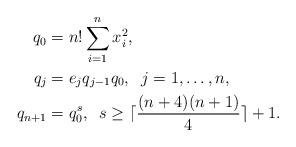
LaTeX: \begin{align*} q_0&= n!\sum_{i=1}^n x_i^2, \\q_j&= e_j q_{j-1} q_0, \; \; j=1,\ldots,n, \\q_{n+1}&= q_0^s, \; \; s \geq \lceil \frac{ (n+4) (n+1)}{4}\rceil +1.\end{align*}